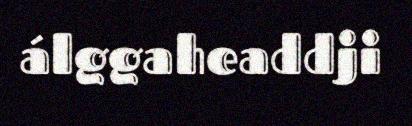
álggaheaddji